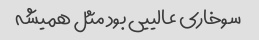
سوخاری عالییی بود مثل همیشه